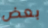
بعض